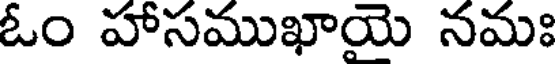
ఓం హాసముఖాయె నమః